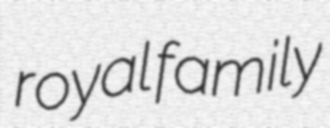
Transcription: royal family